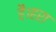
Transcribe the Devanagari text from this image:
है।हरा